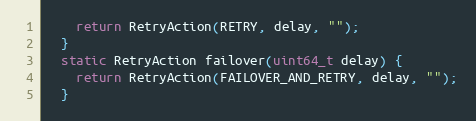
Language: C
    return RetryAction(RETRY, delay, "");
  }
  static RetryAction failover(uint64_t delay) {
    return RetryAction(FAILOVER_AND_RETRY, delay, "");
  }